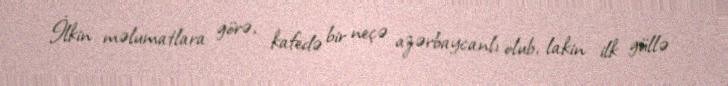
İlkin məlumatlara görə, kafedə bir neçə azərbaycanlı olub, lakin ilk güllə